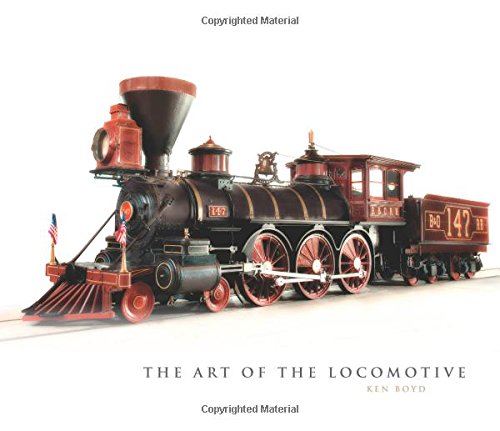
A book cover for The Art of the Locomotive; Ken Boyd; Engineering & Transportation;